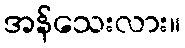
အန်သေးလား။